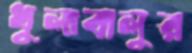
ধুলাবালুর